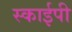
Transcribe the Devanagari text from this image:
स्काईपी